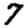
Digit: 7